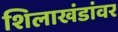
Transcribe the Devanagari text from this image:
शिलाखंडांवर